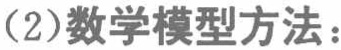
(2)数学模型方法：